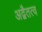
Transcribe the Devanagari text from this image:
अद्वैतत्व